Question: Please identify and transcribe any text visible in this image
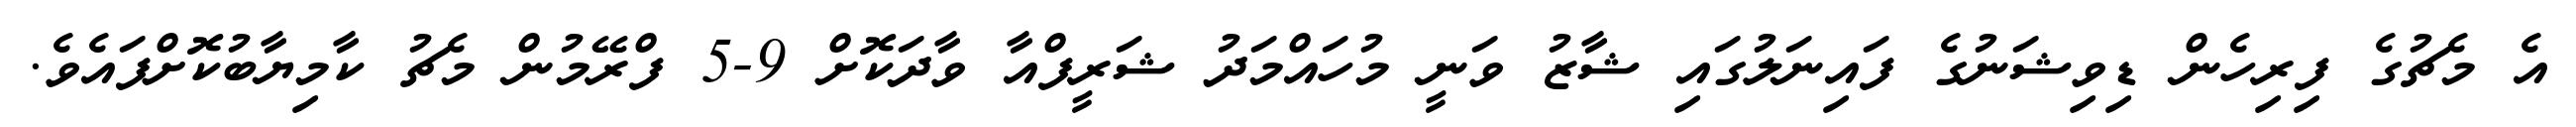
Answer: އެ މެޗުގެ ފިރިހެން ޑިވިޝަނުގެ ފައިނަލުގައި ޝާޒު ވަނީ މުހައްމަދު ޝަރީފްއާ ވާދަކޮށް 9-5 ފްރޭމުން މެޗު ކާމިޔާބުކޮށްފައެވެ.